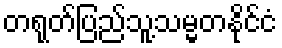
တရုတ်ပြည်သူ့သမ္မတနိုင်ငံ